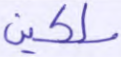
ملكين